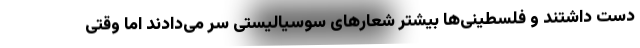
دست داشتند و فلسطینی‌ها بیشتر شعارهای سوسیالیستی سر می‌دادند اما وقتی